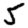
Digit: 5